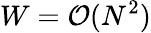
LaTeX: W={\cal O}(N^{2})